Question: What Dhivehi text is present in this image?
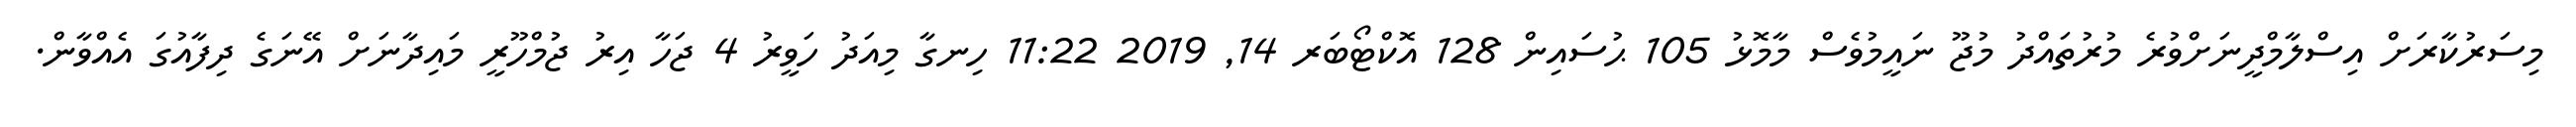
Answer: މިސަރުކާރަށް އިސްލާމްދީނަށްވުރެ މުރުތައްދު މުޖޫ ނައީމުވެސް މާމޮޅު 105 ޙުސައިން 128 އޮކްޓޯބަރ 14, 2019 11:22 ހިނގާ މިއަދު ހަވީރު 4 ޖަހާ އިރު ޖުމްހޫރީ މައިދާނަށް އޭނަގެ ދިފާއުގަ އެއްވާން.